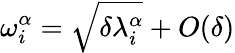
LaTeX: \omega_{i}^{\alpha}=\sqrt{\delta\lambda_{i}^{\alpha}}+O(\delta)